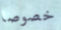
خصوصا